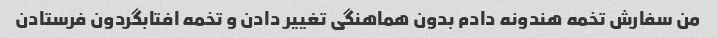
من سفارش تخمه هندونه دادم بدون هماهنگی تغییر دادن و تخمه افتابگردون فرستادن